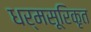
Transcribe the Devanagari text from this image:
धर्मसूरिकृत